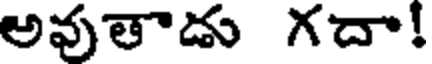
అవుతాడు గదా!